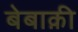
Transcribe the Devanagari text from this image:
बेबाक़ी